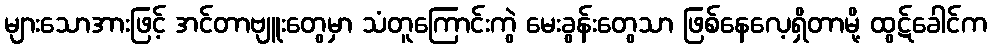
များသောအားဖြင့် အင်တာဗျူးတွေမှာ သံတူကြောင်းကွဲ မေးခွန်းတွေသာ ဖြစ်နေလေ့ရှိတာမို့ ထွဋ်ခေါင်က